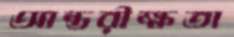
আন্তরীক্ষতা